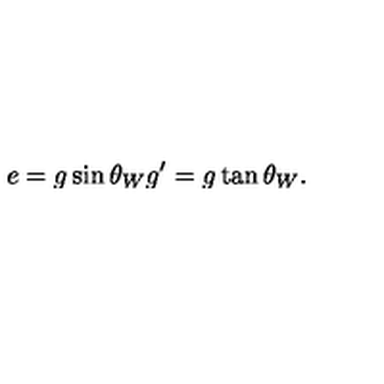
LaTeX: e = g \sin \theta _ { W } g ^ { \prime } = g \tan \theta _ { W } .